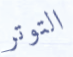
التوتر